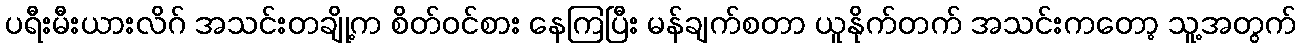
ပရီးမီးယားလိဂ် အသင်းတချို့က စိတ်ဝင်စား နေကြပြီး မန်ချက်စတာ ယူနိုက်တက် အသင်းကတော့ သူ့အတွက်